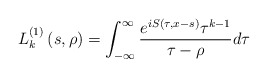
\begin{align*}L_{k}^{\left( 1\right) }\left( s,\rho\right) =\int_{-\infty}^{\infty}\frac{e^{iS(\tau,x-s)}\tau^{k-1}}{\tau-\rho}d\tau\end{align*}